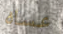
عساه